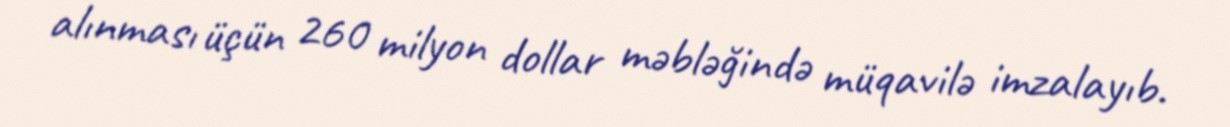
alınması üçün 260 milyon dollar məbləğində müqavilə imzalayıb.